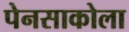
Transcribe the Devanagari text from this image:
पेनसाकोला